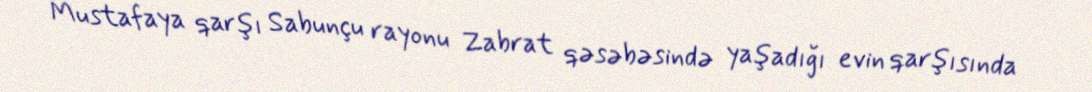
Mustafaya qarşı Sabunçu rayonu Zabrat qəsəbəsində yaşadığı evin qarşısında